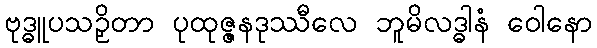
ဗုဒ္ဓူပသဉှိတာ ပုထုဇ္ဇနဒုဿီလေ ဘူမိလဒ္ဓါနံ ဝေါနော